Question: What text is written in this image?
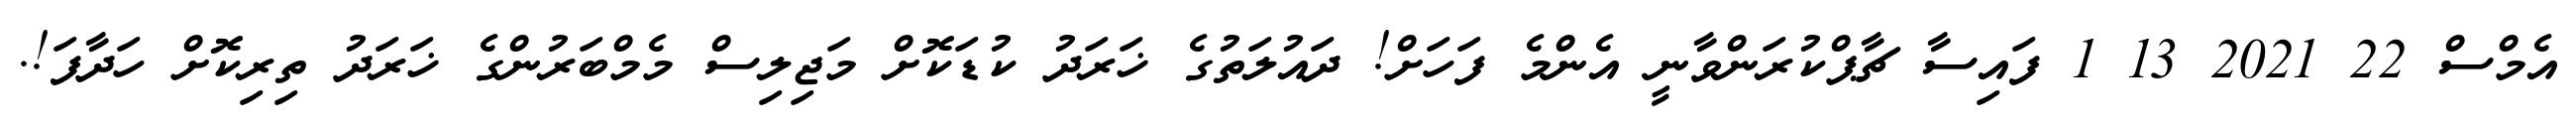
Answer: އެމްސް 22 2021 13 1 ފައިސާ ޗާޕްކުރަންވާނީ އެންމެ ފަހަށް! ދައުލަތުގެ ޚަރަދު ކުޑަކޮށް މަޖިލިސް މެމްބަރުންގެ ޚަރަދު ތިރިކޮށް ހަދާފަ!.